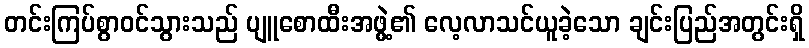
တင်းကြပ်စွာဝင်သွားသည် ပျူစောထီးအဖွဲ့၏ လေ့လာသင်ယူခဲ့သော ချင်းပြည်အတွင်းရှိ